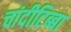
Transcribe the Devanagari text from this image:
चांदीटिब्बा